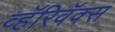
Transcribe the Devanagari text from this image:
व्हॅरिवॅक्स